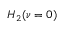
H _ { 2 } ( \nu = 0 )